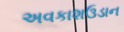
અવકાશઉડાન